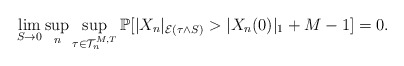
\begin{align*}\lim_{S \rightarrow 0}\sup_n\sup_{\tau \in \mathcal{T}_n^{M,T}}\mathbb{P}[ |X_n|_{\mathcal{E}(\tau \wedge S)} > |X_n(0)|_1 + M-1 ] = 0.\end{align*}